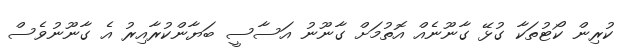
ކުރިން ކޯޓުތަކާ ގުޅޭ ގާނޫނެއް އޮތުމަށް ގާނޫނު އަސާސީ ބަޔާންކުރާއިރު އެ ގާނޫނުވެސް